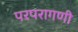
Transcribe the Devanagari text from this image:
परपरागणी